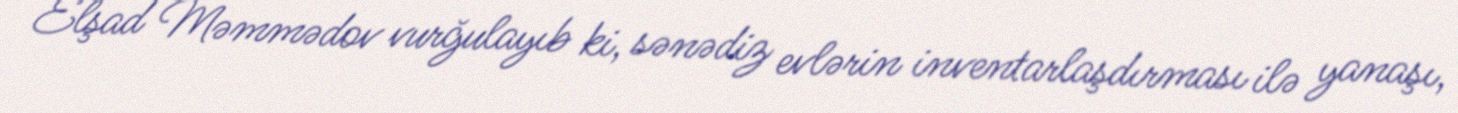
Elşad Məmmədov vurğulayıb ki, sənədiz evlərin inventarlaşdırması ilə yanaşı,